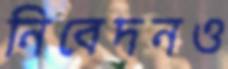
নিবেদনও